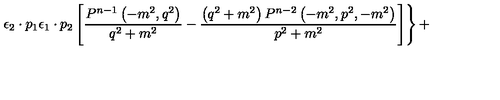
\left. { { \epsilon } _ { 2 } \cdot p _ { 1 } { \epsilon } _ { 1 } \cdot p _ { 2 } \left[ \frac { P ^ { n - 1 } \left( - m ^ { 2 } , q ^ { 2 } \right) } { q ^ { 2 } + m ^ { 2 } } - \frac { \left( q ^ { 2 } + m ^ { 2 } \right) P ^ { n - 2 } \left( - m ^ { 2 } , p ^ { 2 } , - m ^ { 2 } \right) } { p ^ { 2 } + m ^ { 2 } } \right] } \right\} +